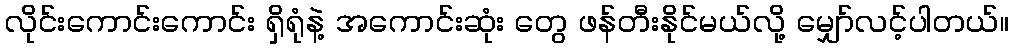
လိုင်းကောင်းကောင်း ရှိရုံနဲ့ အကောင်းဆုံး တွေ ဖန်တီးနိုင်မယ်လို့ မျှော်လင့်ပါတယ်။